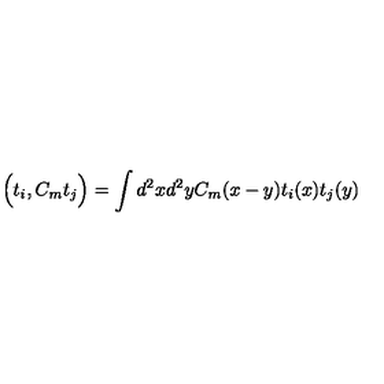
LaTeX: \Big ( t _ { i } , C _ { m } t _ { j } \Big ) = \int d ^ { 2 } x d ^ { 2 } y C _ { m } ( x - y ) t _ { i } ( x ) t _ { j } ( y )